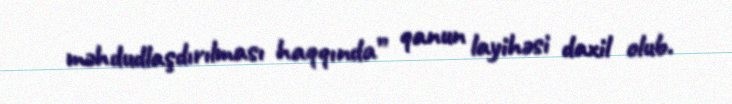
məhdudlaşdırılması haqqında” qanun layihəsi daxil olub.